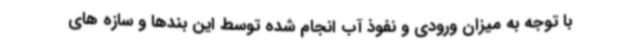
با توجه به میزان ورودی و نفوذ آب انجام شده توسط این بندها و سازه های